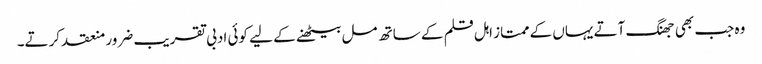
وہ جب بھی جھنگ آتے یہاں کے ممتاز اہل قلم کے ساتھ مل بیٹھنے کے لیے کوئی ادبی تقریب ضرور منعقد کرتے۔